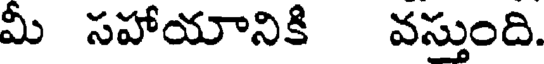
మీ సహాయానికి వస్తుంది.